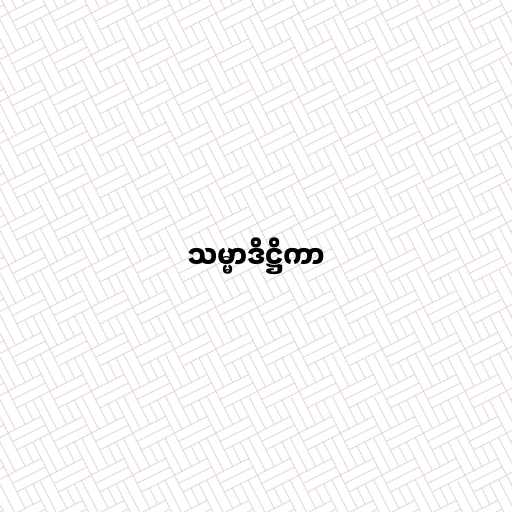
သမ္မာဒိဋ္ဌိကာ